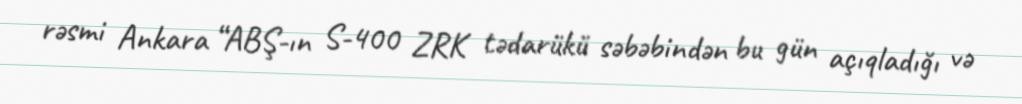
rəsmi Ankara “ABŞ-ın S-400 ZRK tədarükü səbəbindən bu gün açıqladığı və